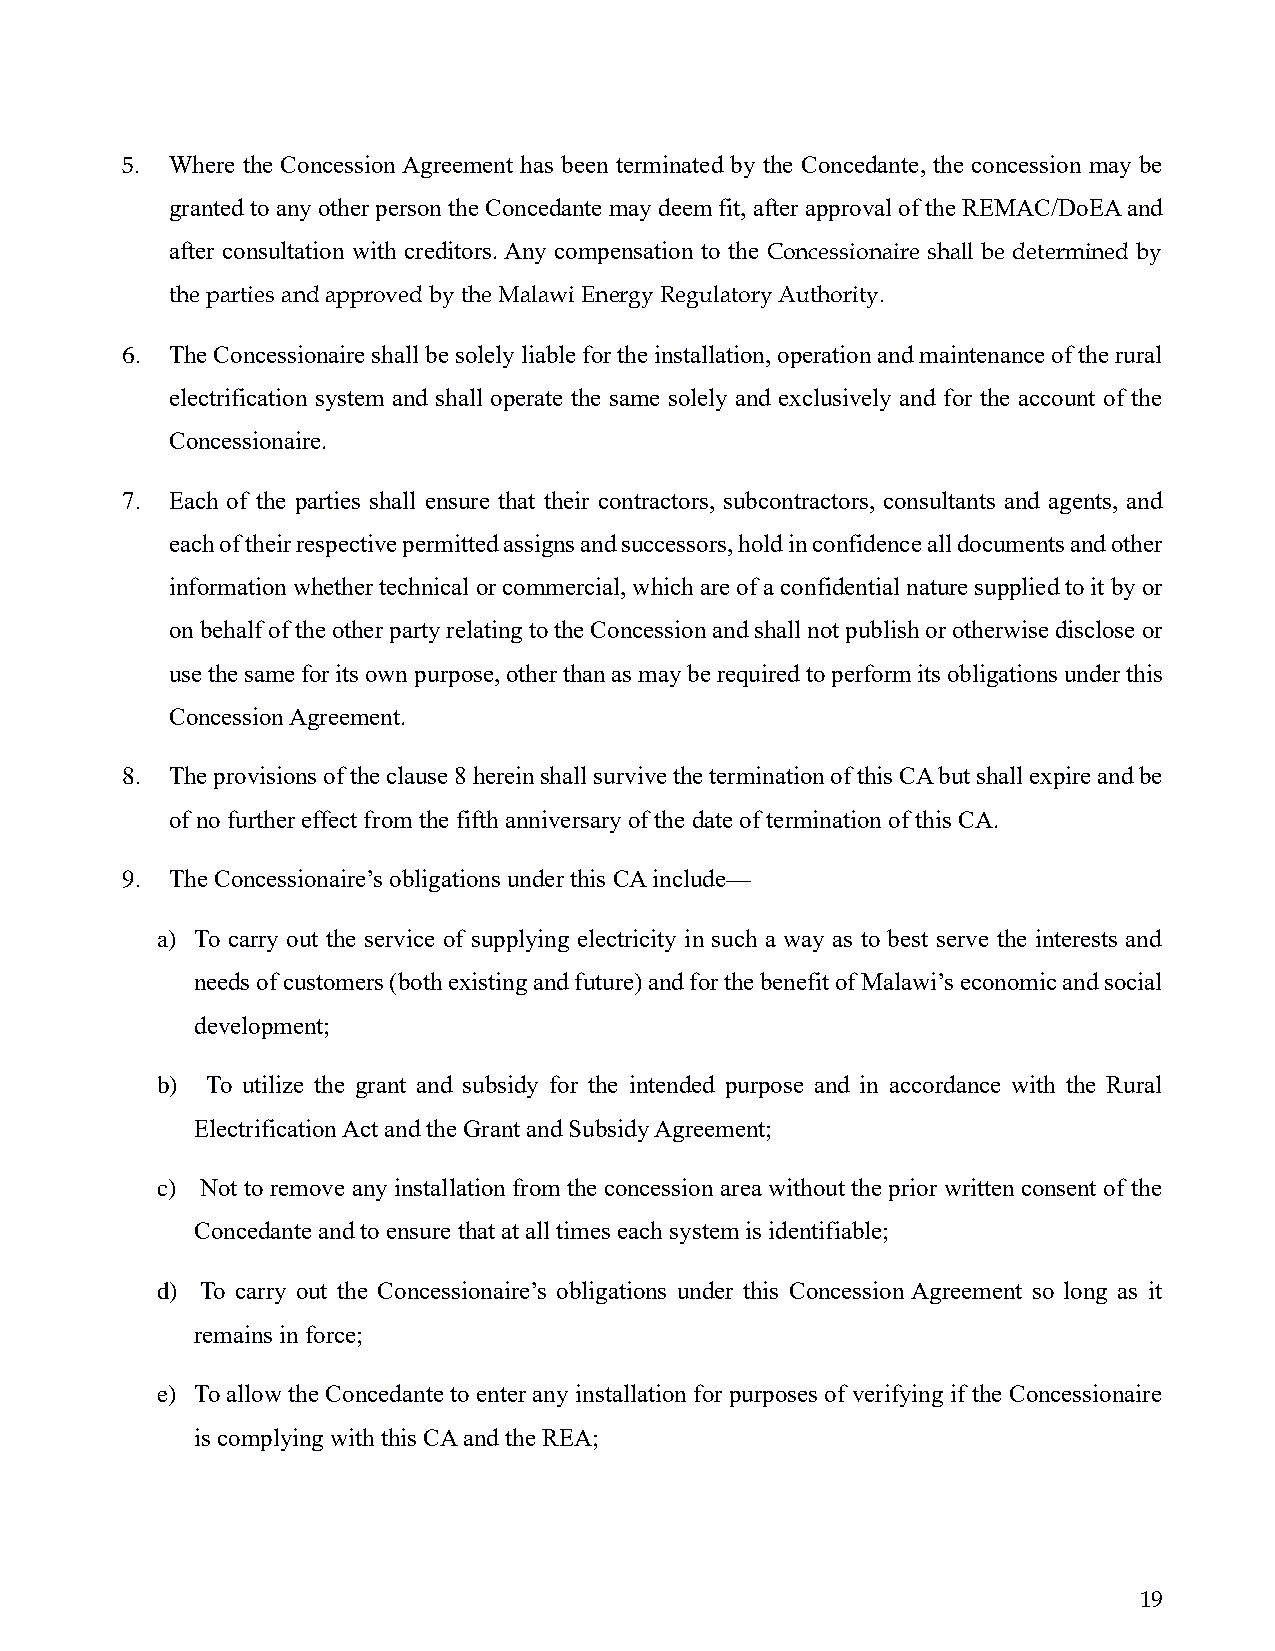
5. Where the Concession Agreement has been terminated by the Concedante, the concession may be
 granted to any other person the Concedante may deem fit, after approval of the REMAC/DoEA and
 after consultation with creditors. Any compensation to the Concessionaire shall be determined by
 the parties and approved by the Malawi Energy Regulatory Authority.
 6. The Concessionaire shall be solely liable for the installation, operation and maintenance of the rural
 electrification system and shall operate the same solely and exclusively and for the account of the
 Concessionaire.
 7. Each of the parties shall ensure that their contractors, subcontractors, consultants and agents, and
 each of their respective permitted assigns and successors, hold in confidence all documents and other
 information whether technical or commercial, which are of a confidential nature supplied to it by or
 on behalf of the other party relating to the Concession and shall not publish or otherwise disclose or
 use the same for its own purpose, other than as may be required to perform its obligations under this
 Concession Agreement.
 8. The provisions of the clause 8 herein shall survive the termination of this CA but shall expire and be
 of no further effect from the fifth anniversary of the date of termination of this CA.
 9. The Concessionaire’s obligations under this CA include—
 a) To carry out the service of supplying electricity in such a way as to best serve the interests and
 needs of customers (both existing and future) and for the benefit of Malawi’s economic and social
 development;
 b)  To utilize the grant and subsidy for the intended purpose and in accordance with the Rural
 Electrification Act and the Grant and Subsidy Agreement;
 c) Not to remove any installation from the concession area without the prior written consent of the
 Concedante and to ensure that at all times each system is identifiable;
 d) To carry out the Concessionaire’s obligations under this Concession Agreement so long as it
 remains in force;
 e) To allow the Concedante to enter any installation for purposes of verifying if the Concessionaire
 is complying with this CA and the REA;
 19